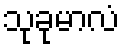
သုခုမာလံ